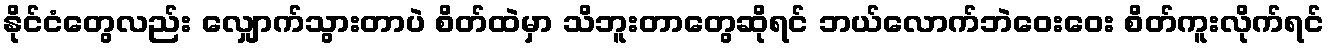
နိုင်ငံတွေလည်း လျှောက်သွားတာပဲ စိတ်ထဲမှာ သိဘူးတာတွေဆိုရင် ဘယ်လောက်ဘဲဝေးဝေး စိတ်ကူးလိုက်ရင်